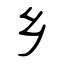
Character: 乡